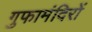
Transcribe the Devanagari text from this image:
गुफामंदिरों